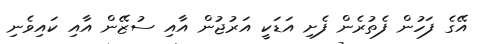
އޭގެ ފަހުން ފެތުރެން ފެށި އަޑަކީ އަރުޖުން އާއި ސުޒޭން އާއި ކައިވެނި